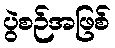
ပွဲစဉ်အဖြစ်